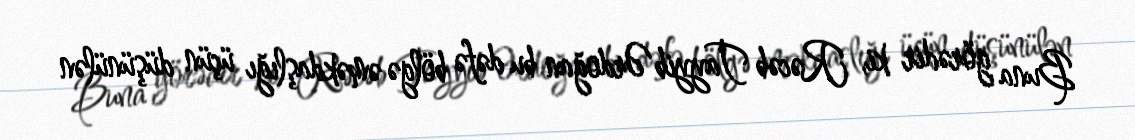
Buna görədir ki, Rəcəb Tayyib Ərdoğan bu dəfə bölgə əməkdaşlığı üçün düşünülən